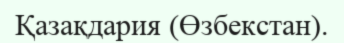
Қазақдария (Өзбекстан).